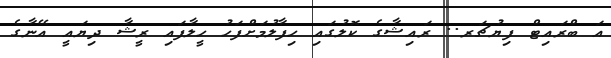
އަ ބްރައިޓް ފިޔުޗަރ.. ރައިޝާގެ ކޮލުގައި ހިފާލުމަށްފަހު ހީލާފައި ރީޝާ ދިޔައީ އޭނާގެ